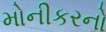
મોનીકરનો